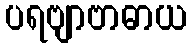
ပရဗျာဗာဓာယ